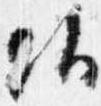
頭